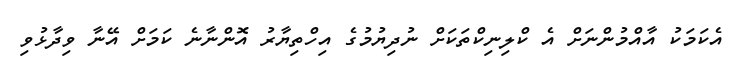
އެކަމަކު އާއްމުންނަށް އެ ކްލިނިކްތަކަށް ނުދިޔުމުގެ އިހްތިޔާރު އޮންނާނެ ކަމަށް އޭނާ ވިދާޅުވި